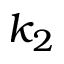
k _ { 2 }